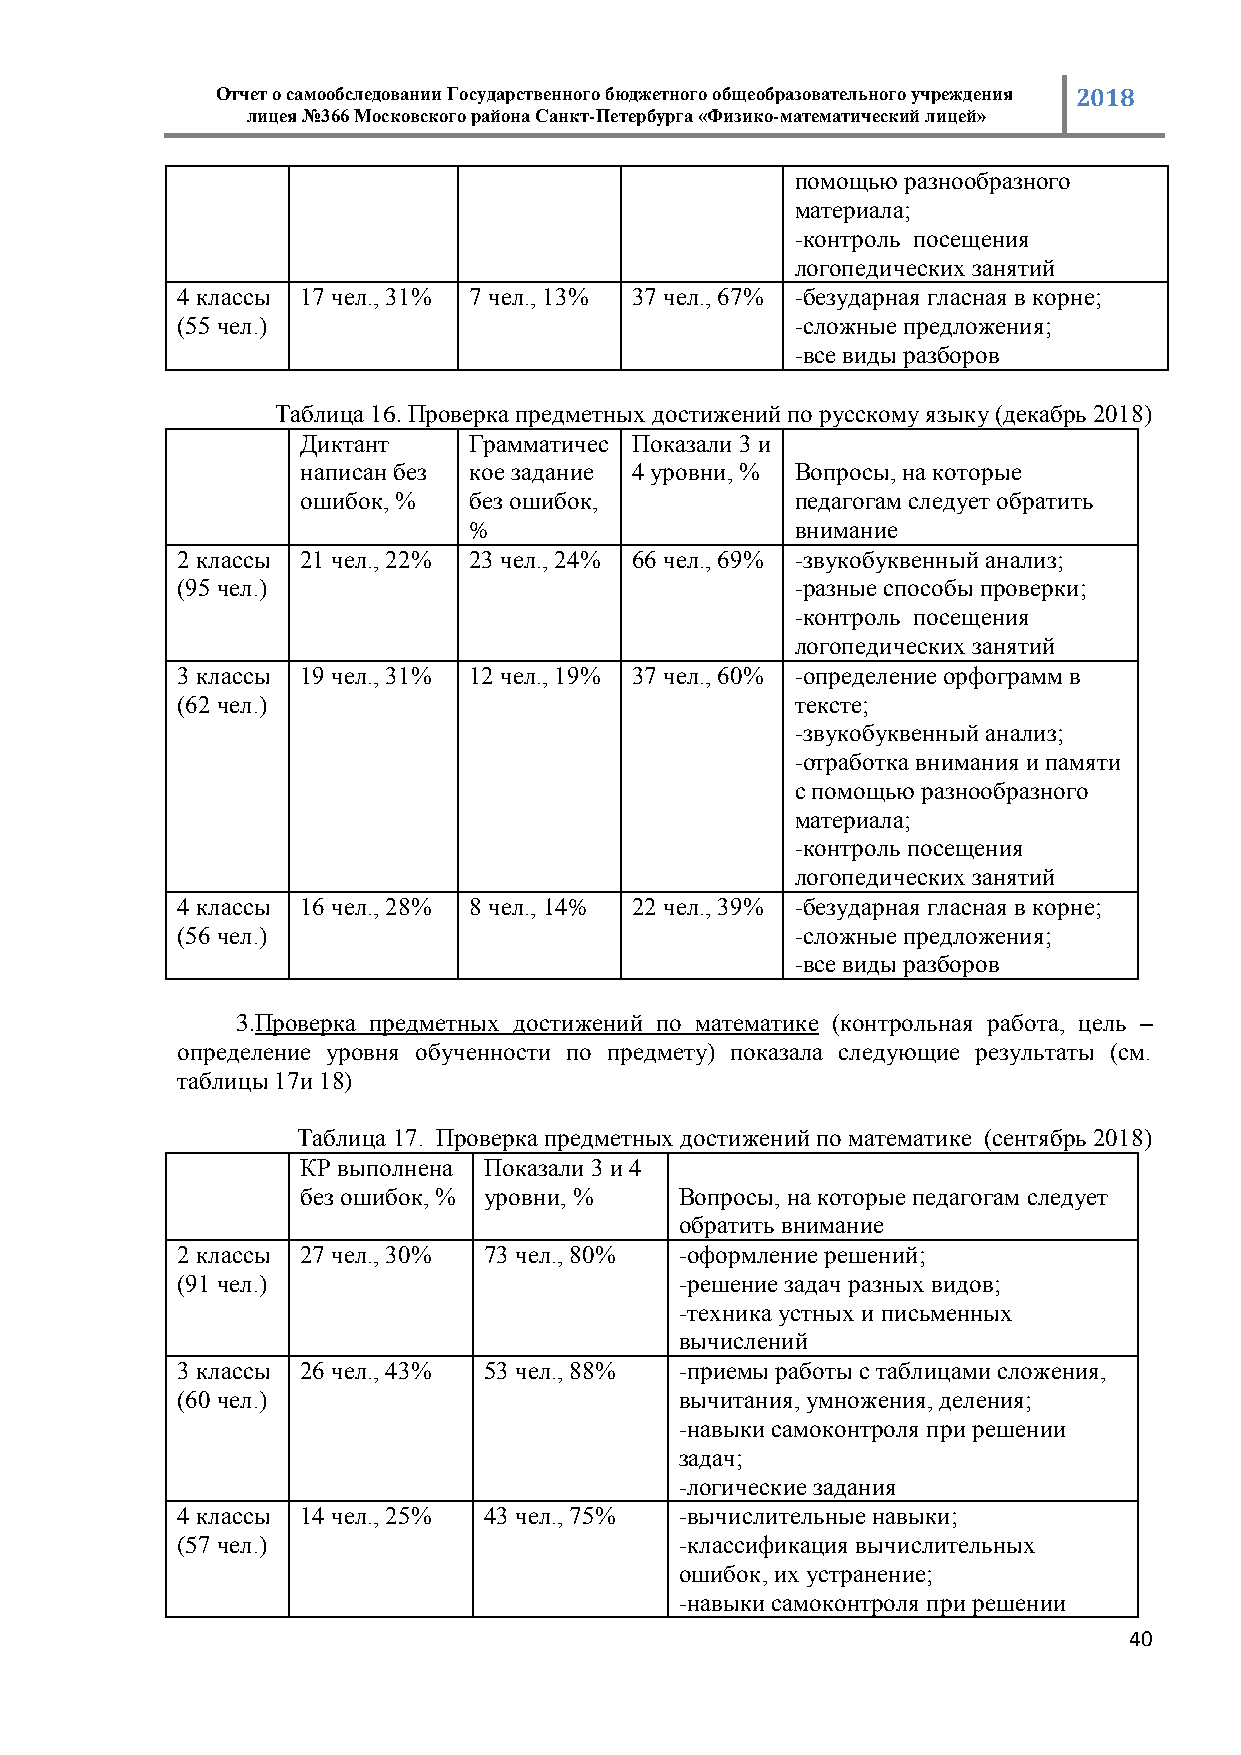
Отчет о самообследовании Государственного бюджетного общеобразовательного учреждения 2018
 лицея №366 Московского района Санкт-Петербурга «Физико-математический лицей»
 помощью разнообразного
 материала;
 -контроль посещения
 логопедических занятий
 4 классы 17 чел., 31% 7 чел., 13% 37 чел., 67% -безударная гласная в корне;
 (55 чел.)                                -сложные предложения;
 -все виды разборов
 Таблица 16. Проверка предметных достижений по русскому языку (декабрь 2018)
 Диктант    Грамматичес Показали 3 и
 написан без кое задание 4 уровни, % Вопросы, на которые
 ошибок, %  без ошибок,           педагогам следует обратить
 %                     внимание
 2 классы 21 чел., 22% 23 чел., 24% 66 чел., 69% -звукобуквенный анализ;
 (95 чел.)                                -разные способы проверки;
 -контроль посещения
 логопедических занятий
 3 классы 19 чел., 31% 12 чел., 19% 37 чел., 60% -определение орфограмм в
 (62 чел.)                                тексте;
 -звукобуквенный анализ;
 -отработка внимания и памяти
 с помощью разнообразного
 материала;
 -контроль посещения
 логопедических занятий
 4 классы 16 чел., 28% 8 чел., 14% 22 чел., 39% -безударная гласная в корне;
 (56 чел.)                                -сложные предложения;
 -все виды разборов
 3.Проверка предметных достижений по математике (контрольная работа, цель –
 определение уровня обученности по предмету) показала следующие результаты (см.
 таблицы 17и 18)
 Таблица 17. Проверка предметных достижений по математике (сентябрь 2018)
 КР выполнена Показали 3 и 4
 без ошибок, % уровни, %  Вопросы, на которые педагогам следует
 обратить внимание
 2 классы 27 чел., 30% 73 чел., 80% -оформление решений;
 (91 чел.)                        -решение задач разных видов;
 -техника устных и письменных
 вычислений
 3 классы 26 чел., 43% 53 чел., 88% -приемы работы с таблицами сложения,
 (60 чел.)                        вычитания, умножения, деления;
 -навыки самоконтроля при решении
 задач;
 -логические задания
 4 классы 14 чел., 25% 43 чел., 75% -вычислительные навыки;
 (57 чел.)                        -классификация вычислительных
 ошибок, их устранение;
 -навыки самоконтроля при решении
 40